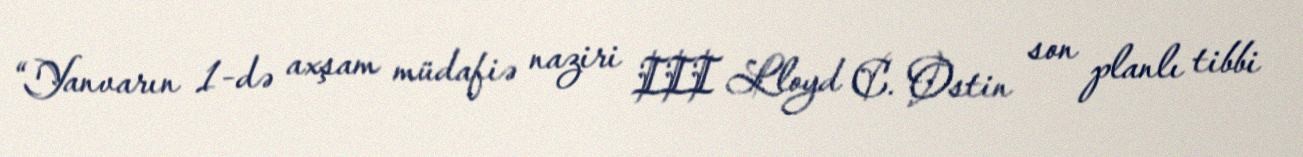
“Yanvarın 1-də axşam müdafiə naziri III Lloyd C. Ostin son planlı tibbi